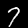
Label: 7